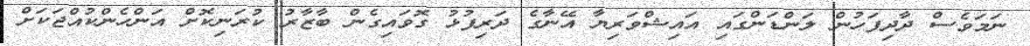
ނަމަވެސް ދާދިފަހުން ލަންޑަންގައި އައިޝްވަރިޔާ އޭނާގެ ދަރިފުޅު ގޮވައިގެން ބާޒާރު ކުރަނިކޮށް އަންހެންކުއްޖަކަށް